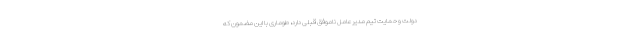
دولت و حمایت تیم مدیرعامل ناموفق قبلی دارد، طوماری با این مضمون که